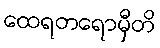
ထေရတရောမှီတိ